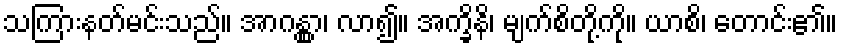
သကြားနတ်မင်းသည်။ အာဂန္တွာ၊ လာ၍။ အက္ခိနိ၊ မျက်စိတို့ကို။ ယာစိ၊ တောင်း၏။